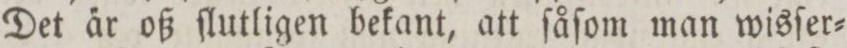
Det a̋r oß ſlutligen bekant, att ſåſom man wisſer=